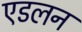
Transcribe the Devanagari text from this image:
एडलन